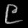
Digit: ၉